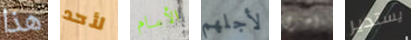
هذا لأحد الأمام لأجلهم أخرى يستدير